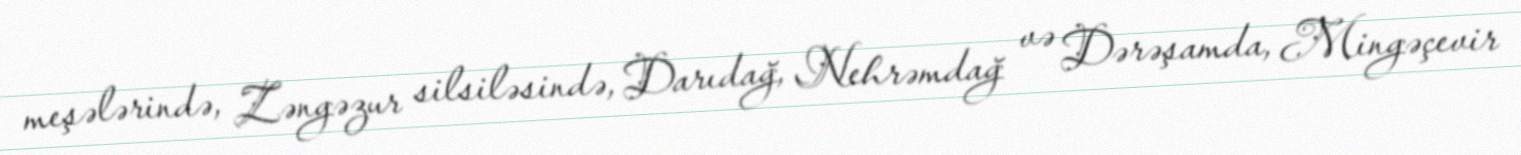
meşələrində, Zəngəzur silsiləsində, Darıdağ, Nehrəmdağ və Dərəşamda, Mingəçevir